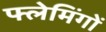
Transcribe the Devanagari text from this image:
फ्लेमिंगों